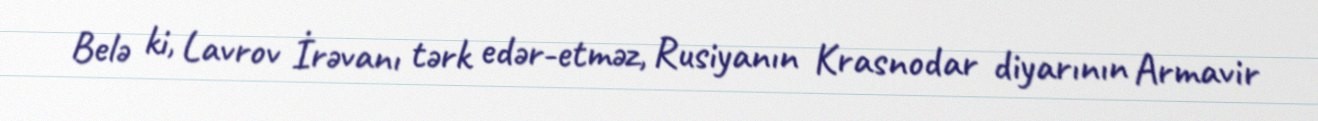
Belə ki, Lavrov İrəvanı tərk edər-etməz, Rusiyanın Krasnodar diyarının Armavir